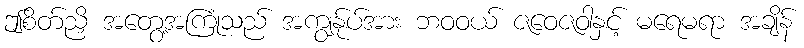
ဤစိတ်ညှိ အတွေ့အကြုံသည် အကျွန်ုပ်အား ဘဝဝယ် ဇဝေဇဝါနှင့် မရေမရာ အချိန်